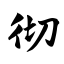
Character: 彻